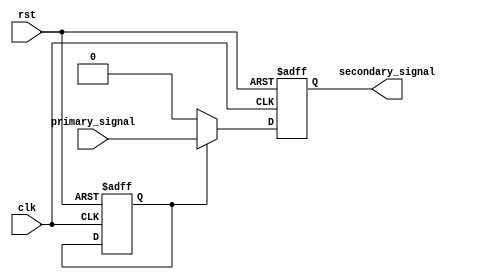
module Fallback_Bypass_Register(
    input wire clk,
    input wire rst,
    input wire primary_signal,
    output reg secondary_signal
);

reg fallback_enabled;

always @(posedge clk or posedge rst) begin
    if (rst) begin
        secondary_signal <= 1'b0;
        fallback_enabled <= 1'b0;
    end else begin
        if (fallback_enabled) begin
            secondary_signal <= primary_signal;
        end else begin
            secondary_signal <= 1'b0;
        end
    end
end

// Additional logic to enable fallback mechanism based on timing violations or failures in primary path

endmodule